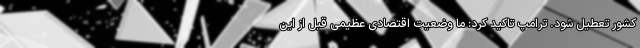
کشور تعطیل شود. ترامپ تاکید کرد: ما وضعیت اقتصادی عظیمی قبل از این